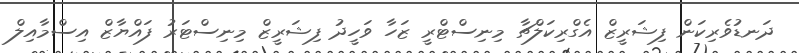
ދަނޑުވެރިކަން ފިޝަރީޒް އެގްރިކަލްޗާ މިނިސްޓްރީ ޒަހާ ވަހީދު ފިޝަރީޒް މިނިސްޓަރު ފައްޔާޒް އިސްމާއިލް